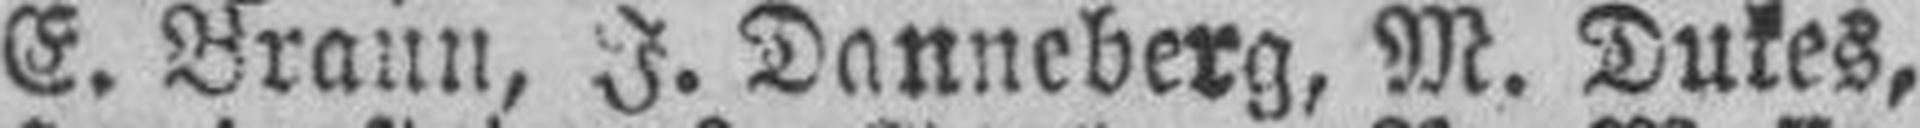
E. Braun, J. Danneberg, M. Dukes,